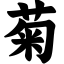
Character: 菊